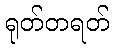
ရုတ်တရတ်